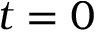
t = 0